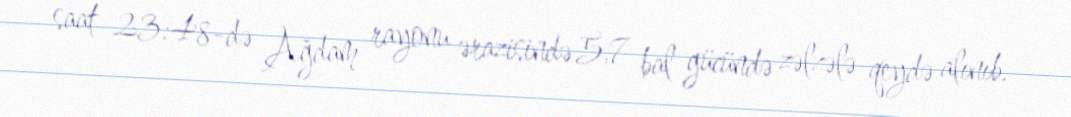
saat 23:48-də Ağdam rayonu ərazisində 5,7 bal gücündə zəlzələ qeydə alınıb.